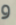
و